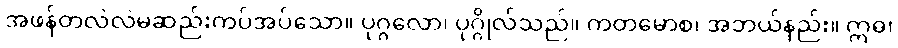
အဖန်တလဲလဲမဆည်းကပ်အပ်သော။ ပုဂ္ဂလော၊ ပုဂ္ဂိုလ်သည်။ ကတမောစ၊ အဘယ်နည်း။ ဣဓ၊